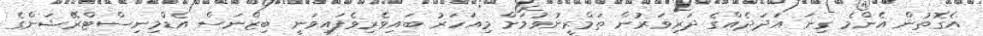
އެގޮތުން އެންމެ ގިނަ އަދަދެއްގެ ދަރިވަރުން ތަމްރީނުވުމަށް މިއަހަރު ބައިވެރިވެފައިވަނީ ބިޒްނަސް އެޑްމިނިސްޓްރޭޝަންގެ